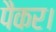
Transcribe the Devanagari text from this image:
पैकर।